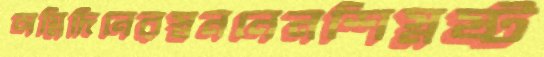
অগ্নিদিনেরস্বননেনশিস্নষ্ট